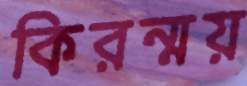
কিরন্ময়